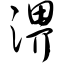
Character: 淠